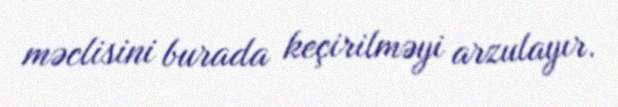
məclisini burada keçirilməyi arzulayır.